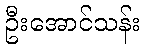
ဦးအောင်သန်း